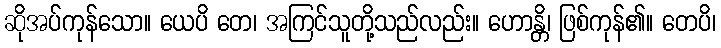
ဆိုအပ်ကုန်သော။ ယေပိ တေ၊ အကြင်သူတို့သည်လည်း။ ဟောန္တိ၊ ဖြစ်ကုန်၏။ တေပိ၊